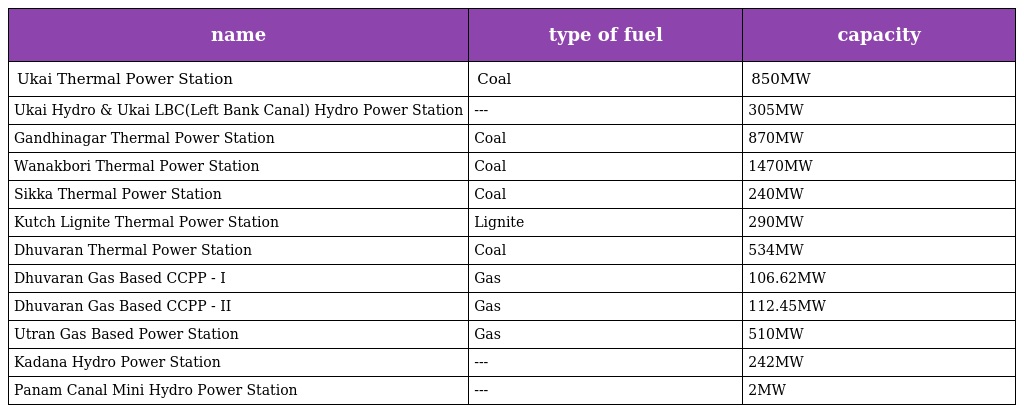
| name | type of fuel | capacity |
 | --- | --- | --- |
 | Ukai Thermal Power Station | Coal | 850MW |
 | Ukai Hydro & Ukai LBC(Left Bank Canal) Hydro Power Station | --- | 305MW |
 | Gandhinagar Thermal Power Station | Coal | 870MW |
 | Wanakbori Thermal Power Station | Coal | 1470MW |
 | Sikka Thermal Power Station | Coal | 240MW |
 | Kutch Lignite Thermal Power Station | Lignite | 290MW |
 | Dhuvaran Thermal Power Station | Coal | 534MW |
 | Dhuvaran Gas Based CCPP - I | Gas | 106.62MW |
 | Dhuvaran Gas Based CCPP - II | Gas | 112.45MW |
 | Utran Gas Based Power Station | Gas | 510MW |
 | Kadana Hydro Power Station | --- | 242MW |
 | Panam Canal Mini Hydro Power Station | --- | 2MW |